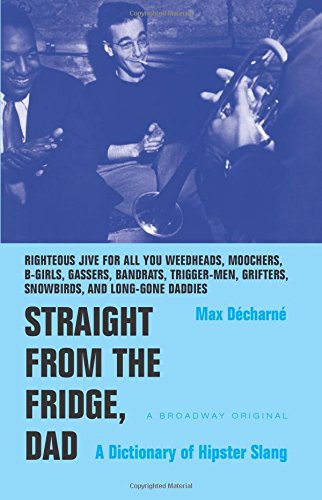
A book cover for Straight from the Fridge, Dad: A Dictionary of Hipster Slang; Max Decharne; Reference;